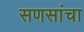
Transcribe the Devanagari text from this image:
सणसांचा